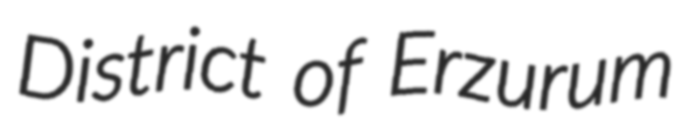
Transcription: District of Erzurum